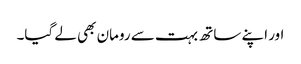
اور اپنے ساتھ بہت سے رومان بھی لے گیا۔